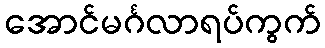
အောင်မင်္ဂလာရပ်ကွက်